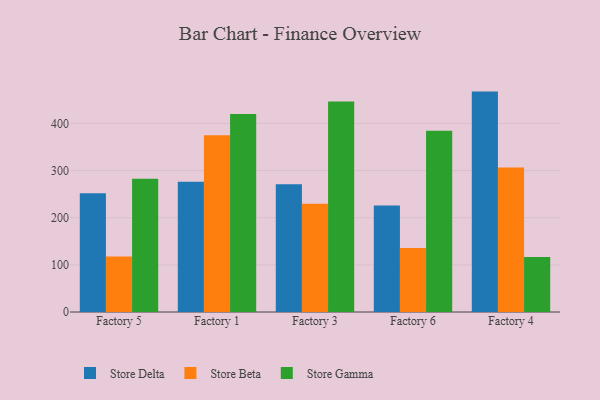
{"axis": {"x": "Factory", "y": "Market Share (%)"}, "legend": ["Store Beta", "Store Delta", "Store Gamma"], "data": [{"x": "Factory 5", "y": 251.9, "type": "Store Delta"}, {"x": "Factory 5", "y": 117.6, "type": "Store Beta"}, {"x": "Factory 5", "y": 282.5, "type": "Store Gamma"}, {"x": "Factory 1", "y": 276.1, "type": "Store Delta"}, {"x": "Factory 1", "y": 375.1, "type": "Store Beta"}, {"x": "Factory 1", "y": 420.0, "type": "Store Gamma"}, {"x": "Factory 3", "y": 271.2, "type": "Store Delta"}, {"x": "Factory 3", "y": 229.5, "type": "Store Beta"}, {"x": "Factory 3", "y": 446.7, "type": "Store Gamma"}, {"x": "Factory 6", "y": 225.9, "type": "Store Delta"}, {"x": "Factory 6", "y": 135.8, "type": "Store Beta"}, {"x": "Factory 6", "y": 384.4, "type": "Store Gamma"}, {"x": "Factory 4", "y": 467.5, "type": "Store Delta"}, {"x": "Factory 4", "y": 306.5, "type": "Store Beta"}, {"x": "Factory 4", "y": 116.8, "type": "Store Gamma"}]}